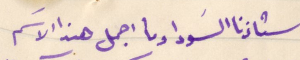
استاذنا السَودا وما اجمل هذا الاسَم